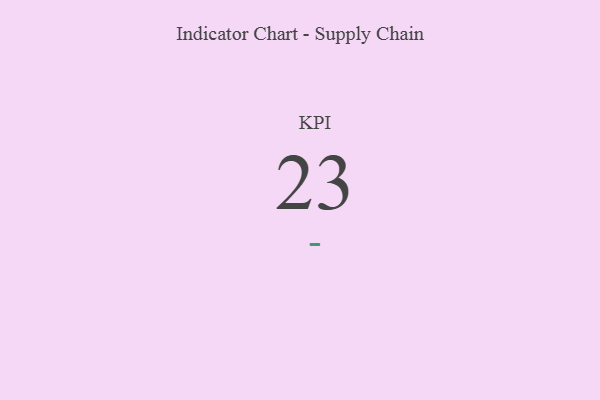
{"axis": {"x": "KPI", "y": "Value"}, "legend": [""], "data": [{"x": "KPI", "y": 23, "type": ""}]}